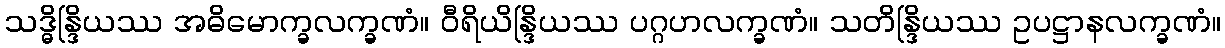
သဒ္ဓိန္ဒြိယဿ အဓိမောက္ခလက္ခဏံ။ ဝီရိယိန္ဒြိယဿ ပဂ္ဂဟလက္ခဏံ။ သတိန္ဒြိယဿ ဥပဋ္ဌာနလက္ခဏံ။